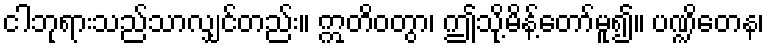
ငါဘုရားသည်သာလျှင်တည်း။ ဣတိဝတွာ၊ ဤသို့မိန့်တော်မူ၍။ ပဏ္ဍိတေန၊